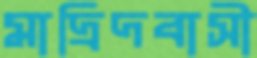
মাদ্রিদবাসী